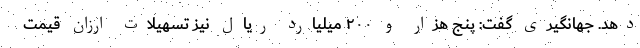
دهد. جهانگیری گفت: پنج هزار و ۲۰۰ میلیارد ریال نیز تسهیلات ارزان قیمت